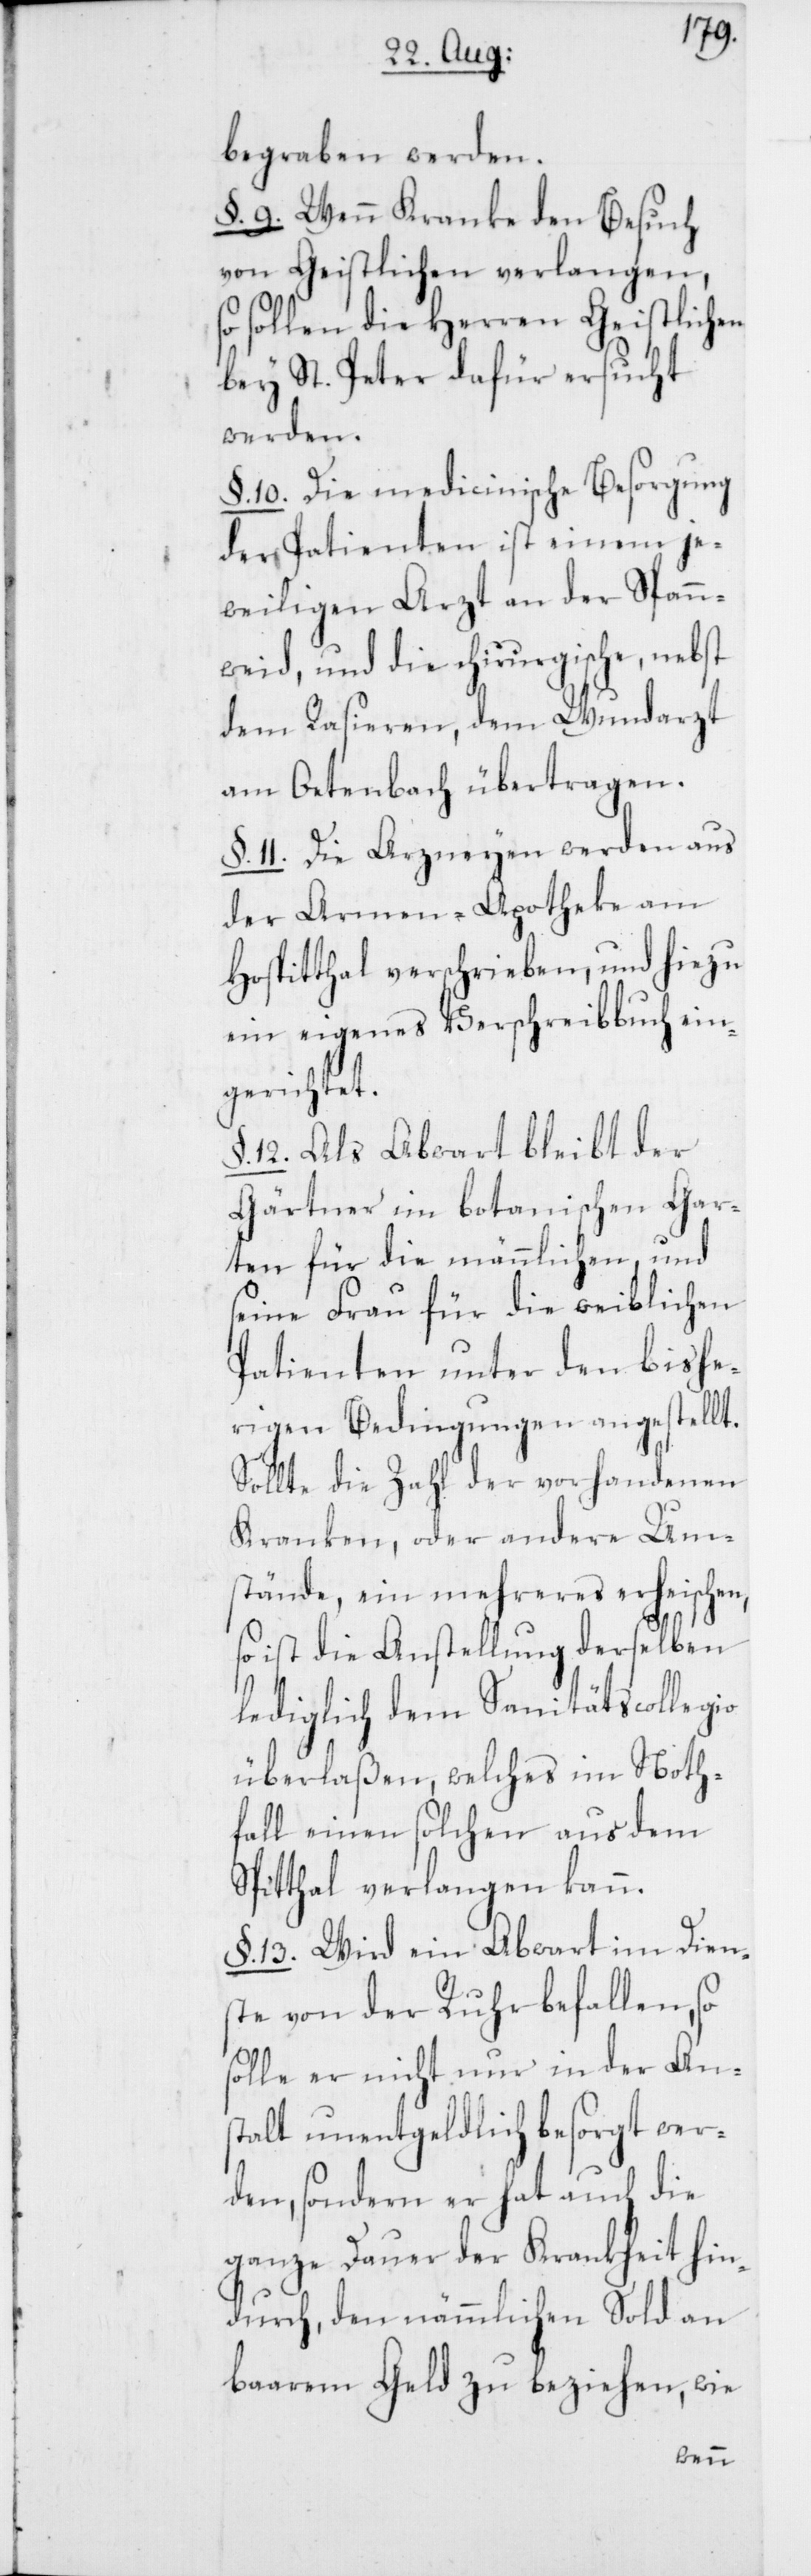
begraben werden.
§. 9. Wenn Kranke den Besuch
von Geistlichen verlangen,
sollen die Herren Geistlichen
bey St. Peter dafür ersucht
werden.
§. 10. Die medicinische Besorgung
der Patienten ist einem je¬
weiligen Arzt an der Spann¬
weid, und die chirurgische, nebst
dem Rasieren, dem Wundarzt
am Oetenbach übertragen.
§. 11. Die Arzneyen werden aus
der Armen-Apotheke am
Hospitthal verschrieben, und hiezu
ein eigenes Verschreibbuch ein¬
gerichtet.
§. 12. Als Abwart bleibt der
Gärtner im botanischen Gar¬
ten für die männlichen, und
seine Frau für die weiblichen
Patienten unter den bishe¬
rigen Bedingungen angestellt.
Sollte die Zahl der vorhandenen
Kranken, oder andere Um¬
stände, ein mehreres erheischen,
so ist die Anstellung derselben
lediglich dem Sanitätscollegio
überlaßen, welches im Noth¬
fall einen solchen aus dem
Spitthal verlangen kann.
§. 13. Wird ein Abwart im Diens¬
te von der Ruhr befallen, so
solle er nicht nur in der Ans¬
talt unentgeldlich besorgt wer¬
den, sondern er hat auch die
ganze Dauer der Krankheit hin¬
durch, den nämmlichen Sold an
baarem Geld zu beziehen, wie